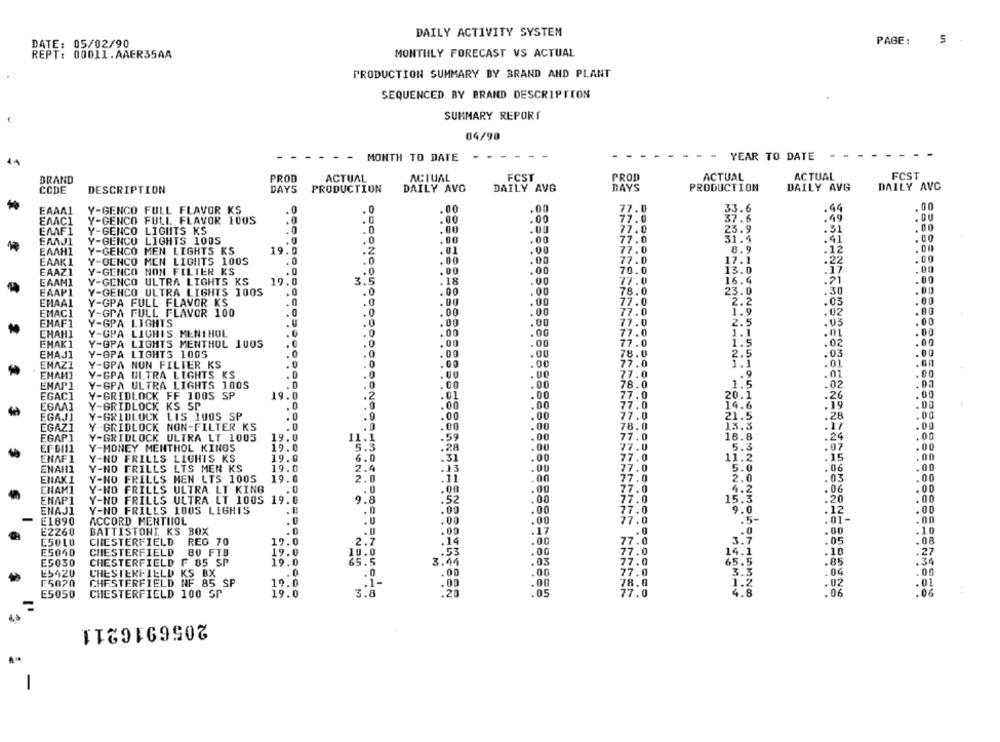
DAILY ACTIVITY SYSTEM
DATE: 05/02/90
PAGE:
5
REPT: 00011.AAER35AA
MONTHLY FORECAST VS ACTUAL
PRODUCTION SUMMARY BY BRAND AND PLANT
SEQUENCED BY BRAND DESCRIPTION
SUMMARY REPORT
04/90
- - MONTH TO DATE
YEAR TO DATE
BRAND
PROD
ACTUAL
ACTUAL
FCST
PROD
ACTUAL
ACTUAL
FCST
DAILY AVG
CODE
DESCRIPTION
DAYS
PRODUCTION
DAILY AVG
DAILY AVG
DAYS
PRODUCTION
DAILY AVG
.00
77.0
33.6
.49
.00
EAAA1
Y-GENCO FULL FLAVOR KS
. 0
.00
EAAC1
Y-GENCO FULL FLAVOR 100S
.00
.00
77.0
37.6
.49
.00
EMF1
Y-GENCO LIGHTS KS
.0
.0
.00
.00
72.0
23.9
.51
.00
.00
31.4
.41
.00
EAAJI
Y-GENCO LIGHTS 1005
.0
.00
77.0
EAAHI
Y-GENCO MEN LIGHTS KS
19.
.2
.01
.00
77.0
8.9
.12
Y-GENCO MEN LIGHTS 100S
.00
.00
77.0
17.1
.22
EAAK1
EAAZ1
Y-GENCO NON FILTER KS
.0
.00
.00
70.0
13.0
.17
EAAN1
Y-GENCO ULTRA LIGHTS KS
19.0
3.5
.18
.00
77.0
16.4
.21
.00
EAAPI
Y-GENCO ULTRA LIGHTS 100S
. 0
.0
.00
78.0
23.0
.30
EHAAL
Y-GPA FULL FLAVOR KS
.0
.0
. DO
.00
77.0
2.2
.03
EMAC1
Y-GPA FULL FLAVOR 100
. 0
.00
.00
77.0
1.9
.02
EHAF1
Y-GPA LIGHTS
.0
. .
.00
77.0
2.5
.03
CHAHI
Y-GPA LICHIS MENTHOL
.0
.0
.00
.OG
77.0
1.1
.01
.00
77.0
1.5
EMAK1
Y-GPA LIGHTS MENTHOL 100S
.0
.0
.00
.02
EHAJI
Y-OPA LIGHTS 1005
.0
.0
.00
.00
78.0
2.5
.03
ENAZI
.0
.0
.00
.00
77.0
.01
Y-GPA NON FILTER KS
EMAMI
Y-GPA ULTRA LIGHTS KS
D
.0
.00
77.0
.9
.01
ENAP1
Y-GPA ULTRA LIGHTS 100S
.0
.00
.00
78.0
1.5
.02
.00
77.0
.26
EGACI
Y-GRIDLOCK FF 100S SP
19.
.2
.01
20.1
EGAA1
Y-GRIDLOCK KS SP
.0
.00
.00
77.0
14.6
.00
77.0
21.5
.28
EGAJI
Y-GRIDLOCK LIS 100S SP
.
.00
EGAZI
Y -- GRIDLOCK NON-FILTER KS
.0
.0
.00
.00
78.0
13.3
EGAP1
Y-GRIDLOCK ULTRA LT 1005
19.
19.0
.59
. 00
77.0
18.8
.24
27.0
5.3
NANAH
EF 6111
Y-MONEY MENTHOL KINGS
19.0
19.0
5.3
.28
.00
.07
ENAF1
Y-NO FRILLS LIGHTS KS
19.0
6.0
.31
.00
77.0
11.2
.15
Y-NO FRILLS LTS MER KS
19.0
2.4
77.0
5.0
.06
ENAHI
.00
ENAKI
Y-NO FRILLS MEN LTS 100S
19.0
2.0
.00
77.0
2.0
.03
ENAMI
Y-NO FRILLS ULTRA LT KING
.00
.00
77.0
4.2
.06
.00
.00
77.0
15.3
.00
ENAP1
Y-NO FRILLS ULTRA LT 1005 19.0
.20
ENAJI
Y-NO FRILLS 100S LIGHIS
.00
.00
77.0
9.0
.00
77.0
.5-
. 12
.nn
E1890
ACCORD MENTIIOL
. U
.00
.00
E2260
BATTISTONI KS BOX
.17
.0
.00
.10
E5010
CHESTERFIELD
REG 70
2.7
.00
77.0
3.7
.05
.08
19.0
.14
77.0
14.1
.27
E5040
CHESTERFIELD
80 FTB
19.0
.53
.00
.18
E5030
CHESTERFIELD
F 85 SP
65.5
.03
77.0
65.5
.85
.34
77.0
3.3
.00
E5420
CHESTERFIELD KS BX
.. 0
.0
.00
.00
.04
F5070
CHESTERFIELD NF 85 SP
:00
78.0
1.2
.02
.01
3.8
77.0
4.8
.06
.06
E5050
CHESTERFIELD 100 SP
2056916211